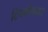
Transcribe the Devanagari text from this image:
टिचकीबहाद्दर